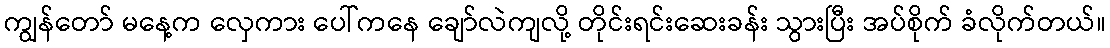
ကျွန်တော် မနေ့က လှေကား ပေါ်ကနေ ချော်လဲကျလို့ တိုင်းရင်းဆေးခန်း သွားပြီး အပ်စိုက် ခံလိုက်တယ်။